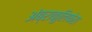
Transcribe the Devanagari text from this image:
अंब्राकुलिफेरा